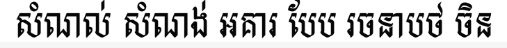
សំណល់ សំណង់ អគារ បែប រចនាបថ ចិន